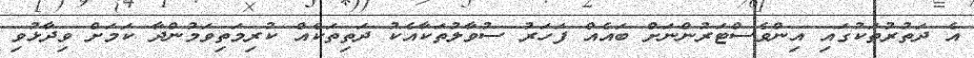
އެ ދަތުރުތަކުގައި އިންވެސްޓަރުންނަށް ބައެއް ފަހަރު ސުވާލުތަކާއެކު ދަތިތަކެއް ކުރިމަތިވަމުންދާ ކަމަށް ވިދާޅުވި